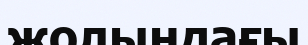
жолындағы